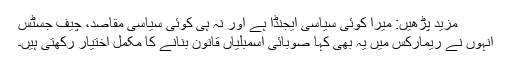
مزید پڑھیں: میرا کوئی سیاسی ایجنڈا ہے اور نہ ہی کوئی سیاسی مقاصد، چیف جسٹس
انہوں نے ریمارکس میں یہ بھی کہا صوبائی اسمبلیاں قانون بنانے کا مکمل اختیار رکھتی ہیں۔